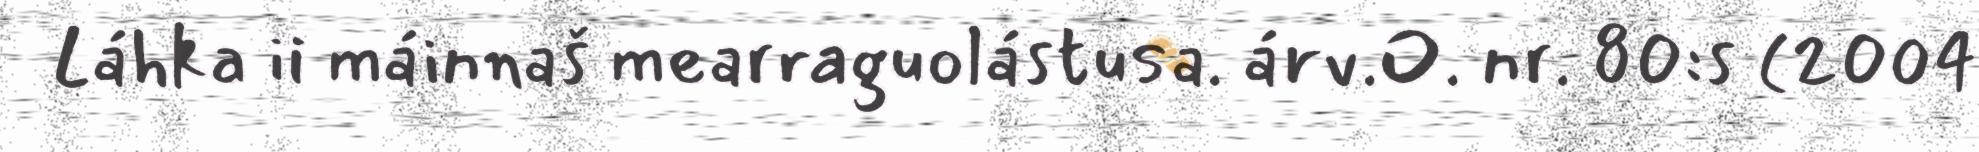
Láhka ii máinnaš mearraguolástusa. árv.O. nr. 80:s (2004